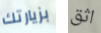
بزيارتك اثق